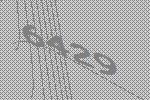
6429